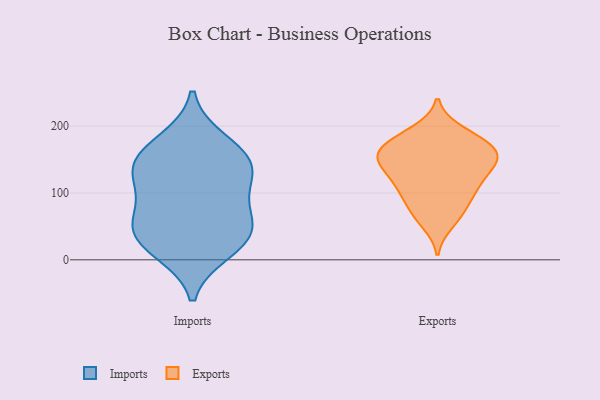
{"axis": {"x": "Tickets Resolved", "y": "Value"}, "legend": ["Exports", "Imports"], "data": [{"x": "", "y": 122, "type": "Imports"}, {"x": "", "y": 94, "type": "Imports"}, {"x": "", "y": 142, "type": "Imports"}, {"x": "", "y": 27, "type": "Imports"}, {"x": "", "y": 155, "type": "Imports"}, {"x": "", "y": 139, "type": "Imports"}, {"x": "", "y": 50, "type": "Imports"}, {"x": "", "y": 14, "type": "Imports"}, {"x": "", "y": 40, "type": "Imports"}, {"x": "", "y": 177, "type": "Imports"}, {"x": "", "y": 62, "type": "Imports"}, {"x": "", "y": 186, "type": "Exports"}, {"x": "", "y": 142, "type": "Exports"}, {"x": "", "y": 192, "type": "Exports"}, {"x": "", "y": 74, "type": "Exports"}, {"x": "", "y": 105, "type": "Exports"}, {"x": "", "y": 146, "type": "Exports"}, {"x": "", "y": 174, "type": "Exports"}, {"x": "", "y": 111, "type": "Exports"}, {"x": "", "y": 165, "type": "Exports"}, {"x": "", "y": 115, "type": "Exports"}, {"x": "", "y": 137, "type": "Exports"}, {"x": "", "y": 154, "type": "Exports"}, {"x": "", "y": 56, "type": "Exports"}, {"x": "", "y": 71, "type": "Exports"}, {"x": "", "y": 154, "type": "Exports"}, {"x": "", "y": 154, "type": "Exports"}, {"x": "", "y": 173, "type": "Exports"}, {"x": "", "y": 101, "type": "Exports"}]}